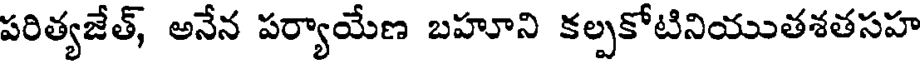
పరిత్యజేత్, అనేన పర్యాయేణ బహూని కల్పకోటినియుతశతసహ